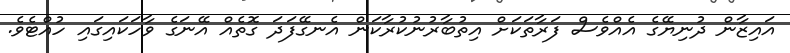
އައިޒާން ދުނިޔޭގެ އެއްވެސް ފަރާތަކަށް އިތުބާރުނުކުރާކަން އެނގޭފަދަ ގޮތެއް އޭނަގެ ވާހަކައިގައި ހުއްޓެވެ.